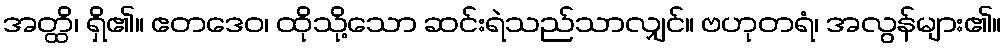
အတ္ထိ၊ ရှိ၏။ ဧတဒေဝ၊ ထိုသို့သော ဆင်းရဲသည်သာလျှင်။ ဗဟုတရံ၊ အလွန်များ၏။